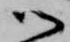
御